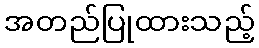
အတည်ပြုထားသည့်